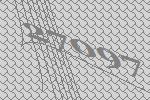
27097